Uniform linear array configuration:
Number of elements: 24
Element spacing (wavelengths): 0.25
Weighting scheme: blackman
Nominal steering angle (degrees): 15
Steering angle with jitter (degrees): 15.63
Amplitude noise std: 0.05
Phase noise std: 0.05

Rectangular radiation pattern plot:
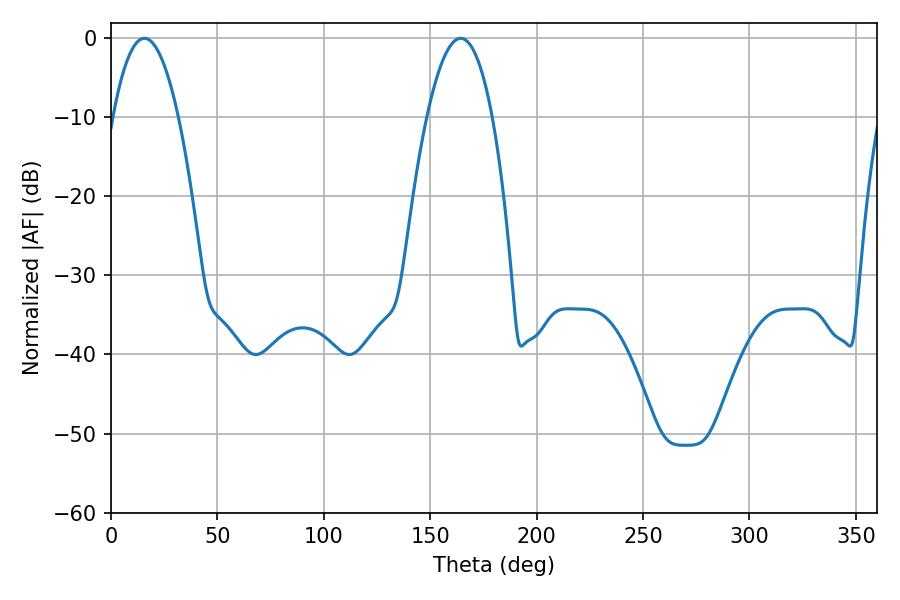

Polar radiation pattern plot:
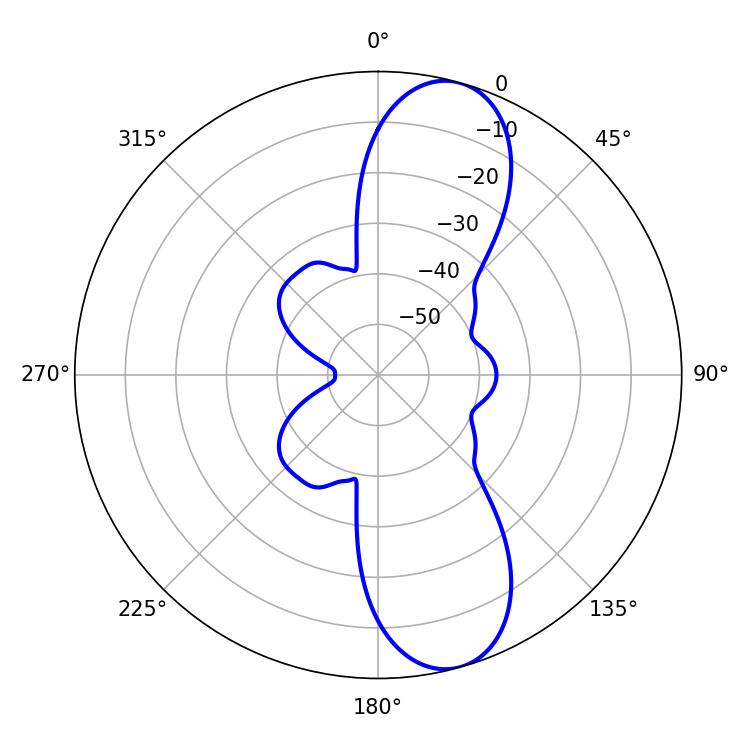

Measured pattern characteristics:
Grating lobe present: FALSE
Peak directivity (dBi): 10.618
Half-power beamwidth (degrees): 16.92
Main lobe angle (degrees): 15.66